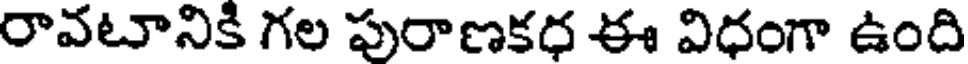
రావటానికి గల పురాణకధ ఈ విధంగా ఉంది